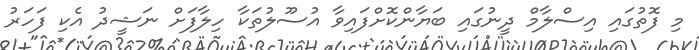
މި ފޮތުގައި އިސްލާމް ދީނުގައި ބަޔާންކޮށްފައިވާ އުސޫލުތަކާ ހިލާފަށް ނަޝީދު އެކި ފަހަރު